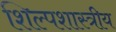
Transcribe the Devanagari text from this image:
शिल्पशास्त्रीय